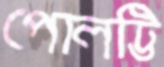
পোলট্টি